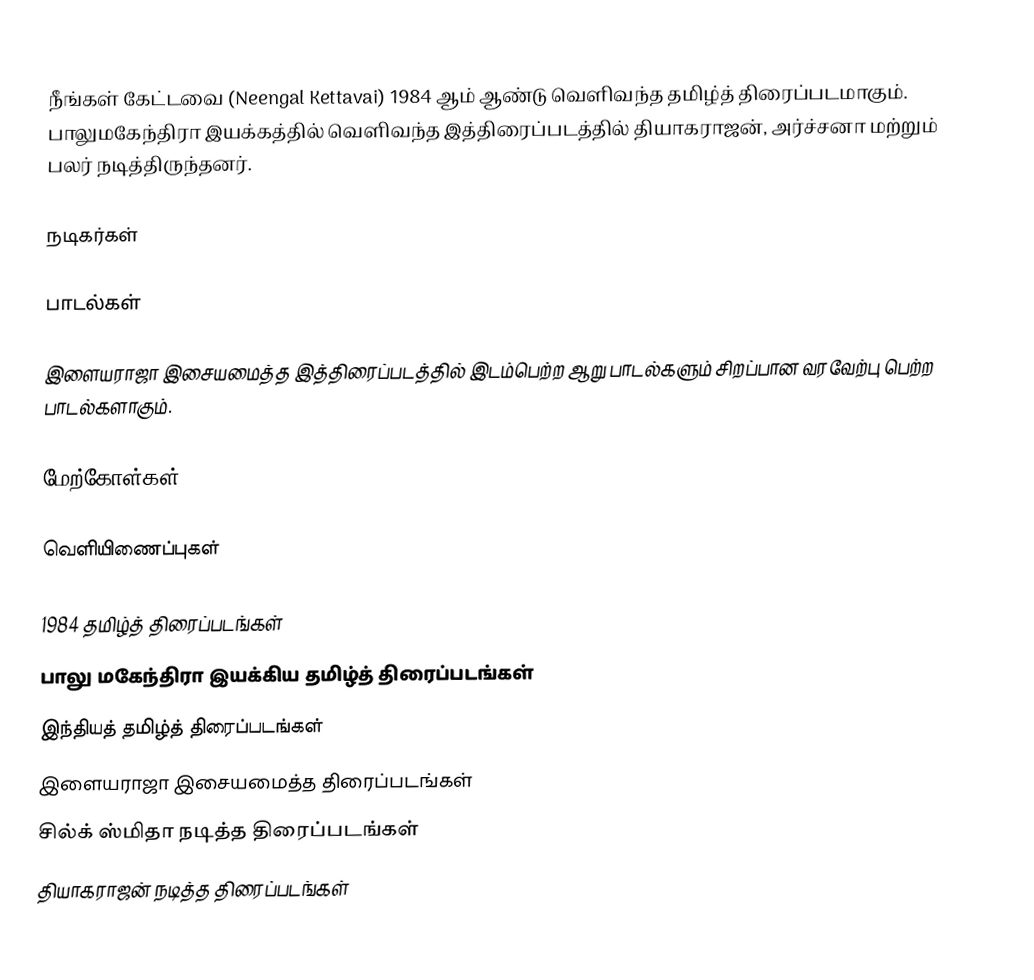
நீங்கள்  கேட்டவை (Neengal Kettavai) 1984 ஆம் ஆண்டு வெளிவந்த தமிழ்த் திரைப்படமாகும். பாலுமகேந்திரா இயக்கத்தில் வெளிவந்த இத்திரைப்படத்தில் தியாகராஜன், அர்ச்சனா மற்றும் பலர் நடித்திருந்தனர்.

நடிகர்கள்

பாடல்கள்

இளையராஜா இசையமைத்த இத்திரைப்படத்தில் இடம்பெற்ற ஆறு பாடல்களும் சிறப்பான வரவேற்பு பெற்ற பாடல்களாகும்.

மேற்கோள்கள்

வெளியிணைப்புகள்

1984 தமிழ்த் திரைப்படங்கள்
பாலு மகேந்திரா இயக்கிய தமிழ்த் திரைப்படங்கள்
இந்தியத் தமிழ்த் திரைப்படங்கள்
இளையராஜா இசையமைத்த திரைப்படங்கள்
சில்க் ஸ்மிதா நடித்த திரைப்படங்கள்
தியாகராஜன் நடித்த திரைப்படங்கள்